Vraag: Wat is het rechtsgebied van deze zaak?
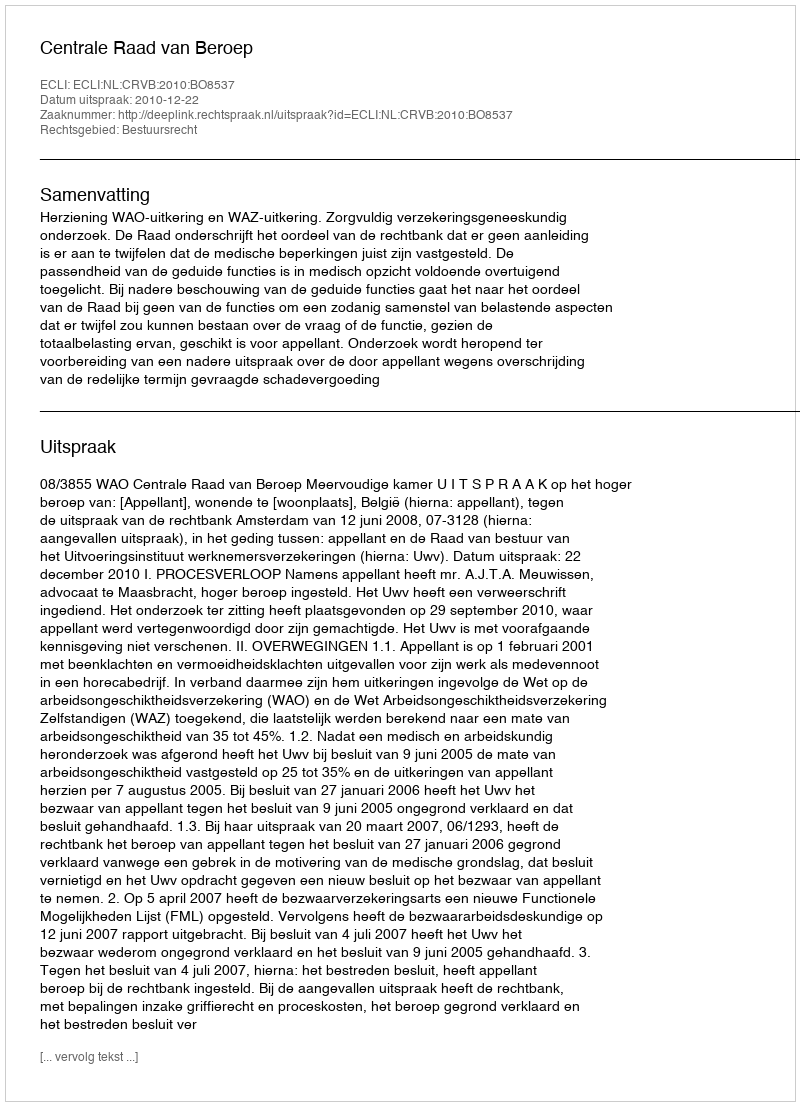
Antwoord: Bestuursrecht